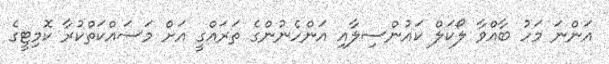
އަންނަ މަހު ބާއްވާ ލޯކަލް ކައުންސިލާއި އަންހެނުންގެ ތަރައްގީ އަށް މަސައްކަތްކުރާ ކޮމިޓީގެ